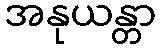
အနုယန္တာ